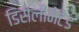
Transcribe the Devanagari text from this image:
डिसेलीनेटेड